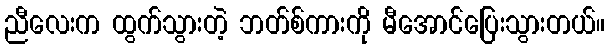
ညီလေးက ထွက်သွားတဲ့ ဘတ်စ်ကားကို မီအောင်ပြေးသွားတယ်။